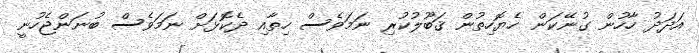
އަދަދު ހާހުން ގުނޭކަން ހެޔޮހިތުން ޤަބޫލުކުރި ނަމަވެސް ހިތާއި ދެކޮޅަށް ނަމަވެސް ބުނަންޖެހުނީ